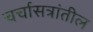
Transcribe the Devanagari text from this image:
चर्चासत्रांतील